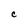
Character: C